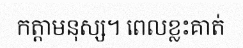
កត្តាមនុស្ស។ ពេលខ្លះគាត់